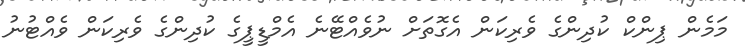
މަމެން ޕިންކް ކުދިންގެ ވެރިކަން އެގޮތަށް ނުވެއްޓޭނެ އެމްޑީޕީގެ ކުދިންގެ ވެރިކަން ވެއްޓުނު